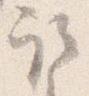
取